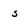
Character: 5